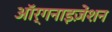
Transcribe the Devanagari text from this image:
ऑर्गनाइज़ेंशन